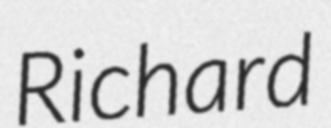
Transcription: Richard